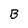
Character: B